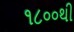
૧૮૦૦થી